Vaccination in Bombay 1889-1901 - 1889-1901
Year: 1889
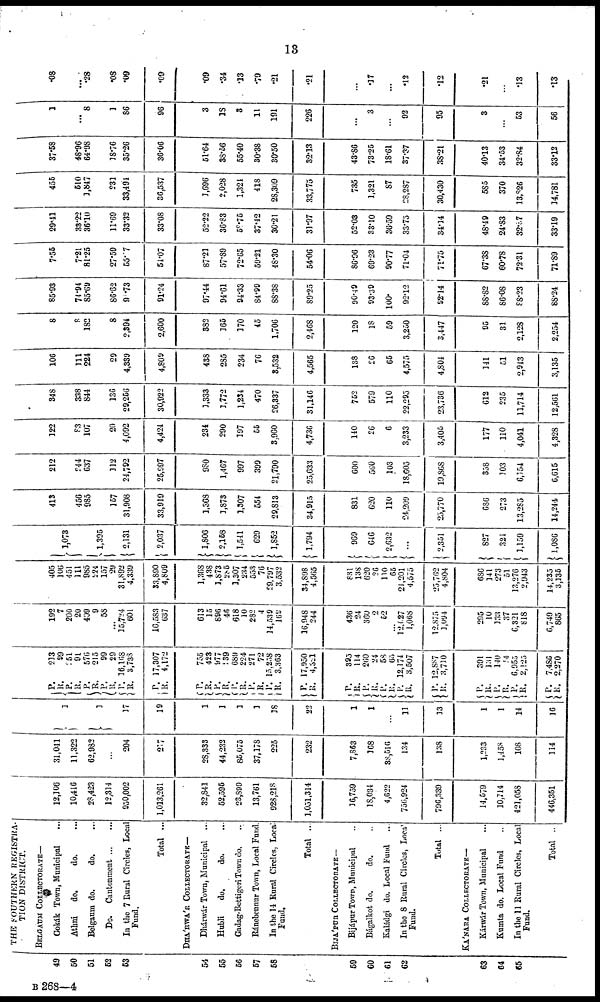
13
49
50
51
52
53
54
55
56
57
58
59
60
61
62
63
64
65
THE SOUTHERN REGISTRA-
TION DISTRICT.
BELGAUM COLLECTORATE—
Gokák Town, Municipal ...
Athni
do.
do. ...
Belgaum do.
do. ...
Do.
Cantonment
...
...
In the 7 Rural Circles, Local
Fund.
Total ...
DHÁRWÁR COLLECTORATE—
Dhárwár Town, Municipal
...
Hubli
do.
do.
Gadag-Bettigeri Town do. ...
Ránebennur Town, Local Fund.
In the 14 Rural Circles, Local
Fund.
Total ...
BIJÁPUR COLLECTORATE —
Bijápur Town, Municipal ...
Bágalkot do.
do. ...
Kaládgi do. Local Fund ...
In the 8 Rural Circles, Local
Fund.
Total ...
KÁNARA COLLECTORATE—
Kárwár Town, Municipal ...
Kumta do. Local Fund ...
In the 11 Rural Circles, Local
Fund.
Total ..
12,106
10,416
28,423
12,314
950,002
1,013,261
32,841
52,595
23,899
13,761
928,218
1,051,314
36,759
18,034
4,622
756,924
796,339
14,579
10,714
421,058
446,351
31,041
11,322
62,982
...
204
217
28,333
44,232
85,075
37,178
225
232
7,863
168
38,516
134
138
1,233
1,458
108
114
1
1
37
19
1
1
1
1
18
22
1
1
...
11
33
1
1
14
16
P.
R.
P.
R.
P.
R.
P.
R.
P.
R.
P.
R.
P.
R.
P.
R.
P.
R.
P.
R.
P.
R.
P.
R.
P.
R.
P.
R. P.
R.
P. R.
P.
R.
P.
R.
P.
R.
P.
R.
P.
R.
213
99
251
91
576
215
99
29
16,168
3,738
17,307
4,172
755
423
977
139
689
224
271
72
15,258
3,363
17,950
4,321
395
114
260
24
58
65
12,174
3,507
12,887
3,710
391
131
140
14
6,955
2,125
7,486
2,270
192
7
200
20
409
9
58
...
15,724
601
16,583
637
613
15
896
46
618
10
282
4
14,539
169
16,948
244
436
24
360
9
52
...
12,027
1,068
12,875
1,094
295
10
133
37
6,321
818
6,749
865
405
106
451
111
985
224
157
29
31,892
4,339
33,890
4,809
1,368
438
1,873
285
1,307
234
553
76
29,797
3,532
34,898
4,565
831
138
620
26
110
65
24,201
4,575
25,762
4,804
686
341
273
51
13,276
2,943
14,235
3,135
1, 073
1,395
2,131
2,037
1,806
2,158
1,541
629
1,852
1,794
969
646
2,632
...
2,351
827
324
3,159
1,086
413
456
985
157
31,908
33,919
1,368
1,873
1,307
554
29,813
34,915
831
620
110
24,209
25,770
686
273
13,285
14,244
212
244
637
312
24,792
25,997
980
1,467
997
399
21,790
25,633
600
560
103
18,605
19,868
358
303
6,154
6,615
122
83
107
20
4,092
4,424
234
290
197
55
3,960
4,736
140
26
6
3,233
3,405
177
110
4,041
4,328
348
338
844
136
29,256
30,922
1,333
3,772
1,234
470
26,337
31,146
752
579
110
22,295
23,736
612
235
11,714
12,561
106
111
224
29
4,339
4,809
438
285
234
76
3,532
4,565
138
26
65
4,575
4,804
341
51
2,943
3,135
8
8
182
8
2,394
2,600
382
365
170
45
1,706
2,468
120
13
59
3,250
3,447
95
31
2,128
2,254
85.93
74.94
85.69
86.62
90.73
91.24
97.44
94.61
94.33
84.99
88.38
89.25
90.49
93.39
100.
92.12
92.14
88.82
86.08
88.23
88.24
7.55
7.2l
81.25
27.59
55.07
51.07
87.21
57.89
72.65
59.21
48.30
54.06
86.96
69.23
90.77
71.04
71.75
67.38
60.78
72.31
71.89
29.41
33.22
36.10
11.69
33.32
33.08
52.22
36.83
59.75
37.42
30.21
31.97
52.03
33.10
36.59
33.75
34.14
48.49
24.83
32.87
33.19
455
510
1,847
231
33,494
36,537
1,696
2,028
1,324
418
28,309
33,775
735
1,321
87
28,287
30,430
585
370
13,826
14,781
37.58
48.96
64.98
18.76
35.26
36.06
51.64
38.56
55.40
30.38
30.50
32.13
43.86
73.25
18.61
37.37
38.21
40.13
34.53
32.84
33.12
1
...
8
1
86
96
3
18
3
11
191
226
...
3
...
92
95
3
...
53
56
.08
...
.28
.08
.09
.09
.09
.34
.13
.79
.21
.21
...
.37
...
.12
.12
.21
...
.13
.13
B 268—4